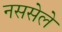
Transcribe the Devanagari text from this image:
नससेले